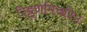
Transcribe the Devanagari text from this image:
रिट्ठणेमिचरिउ